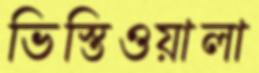
ভিস্তিওয়ালা